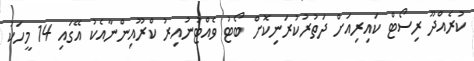
ކުރެއްދޫ ރިސޯޓް ކައިރިއަށް ދަތުރުކުރަނިކޮށް ބޯޓު ވެއްޓުނުއިރު ކްރޫއިންނާއެކު އޭގައި 14 މީހަކު